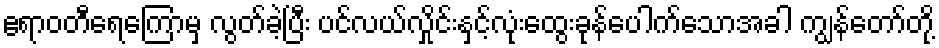
ဧရာဝတီရေကြောမှ လွတ်ခဲ့ပြီး ပင်လယ်လှိုင်းနှင့်လုံးထွေးခုန်ပေါက်သောအခါ ကျွန်တော်တို့